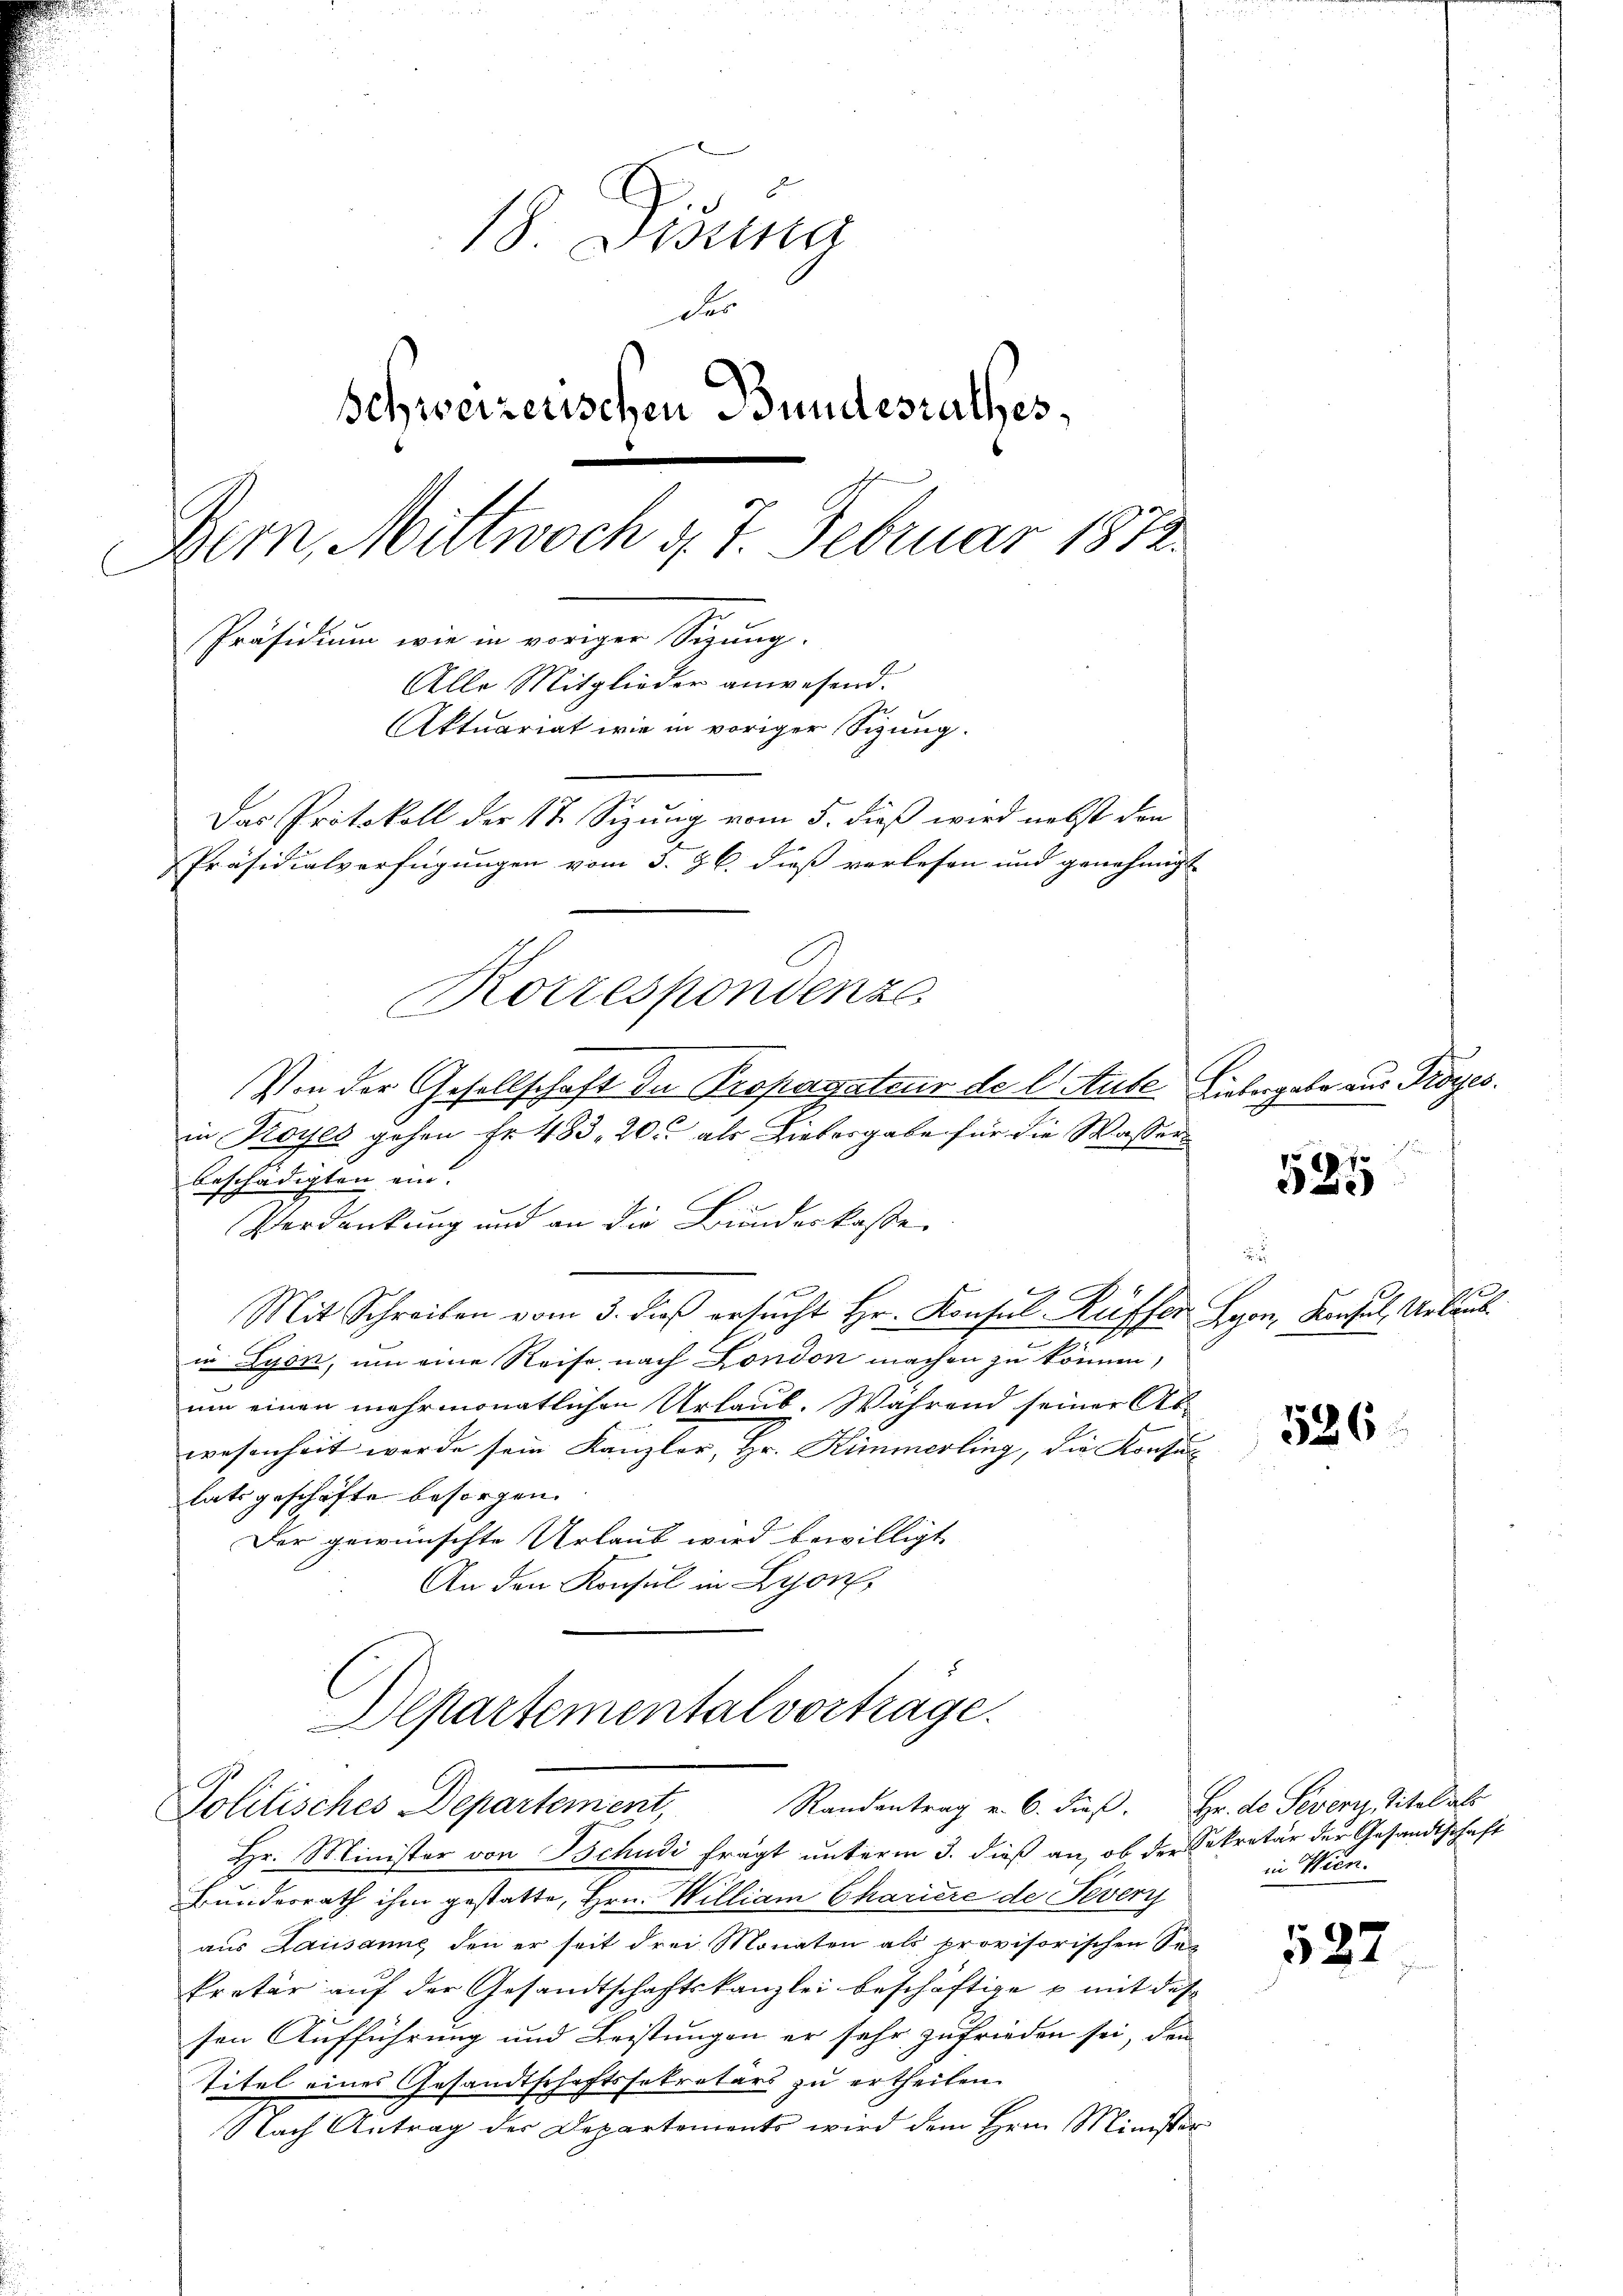
18. Disena
Fer
Schweizerischen Bundesrathes,
Bern, Mittwoch d. 7. Februar 1872.
Präsidium wie in voriger Sigung.
Alle Mitglieder anwesend.
Aktuariat wie in voriger Sizung.
Das Protokoll der 17. Sizung vom 5. dieß wird nebst den
Präsidialverfügungen vom 3. 26. dieß verlesen und genehmigt
Korrespondenze

9
in Koyes gehen Fr. 483, 20. als Liebergabe für die Wasserbeschädigten ein.
Verdankung und an die Bundeskasse
Mit Schreiben vom 3. dieβ ersŭcht Hr. Konsul Kuffer
.
in Lyon, um eine Reise, nach London machen zu können,
um einen mehrmonatlichen Urlaub. Während seiner Ab-
wesenheit werde sein Kanzler, Hr. Kümmerling, die Konsulats geschäfte besorgen.
Der gewünschte Urlaub wird bewilligt
An den Konsul in Lyon,
Departementalvorträge.
Randantrag u. 6. dieβ. Hr. de Severtz, Titel als
Politisches Departement,
Hr. Minister von Tschudi fragt unterm 3. dieß an, ob der Sekretär der Gesandtschaft
Bundesrath ihm gestatte, Hrn. William Chariere de Severz
aus Lausanne den er seit drei Monaten als provisorischen See
kretär auf der Gesandtschaftskanzlei beschäftige u mit des
sen Aufführung und Leistungen er sehr zufrieden sei, den
Titel eines Gesandtschaftssekretärs zu ertheilen.
Nach Antrag der Departements wird dem Hrn. Minister

Von der Gesellschaft de Propagateur de laute Liebergabe aus Prozes

1107
e

Lyon, Konsul, Urlaub

526

in Wien.

522